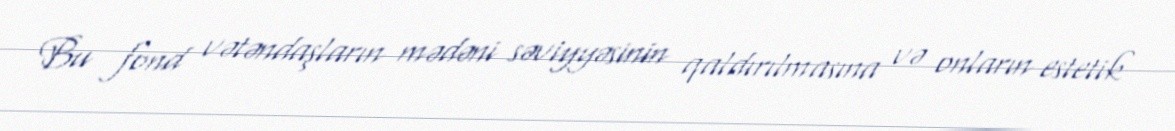
Bu fond vətəndaşların mədəni səviyyəsinin qaldırılmasına və onların estetik